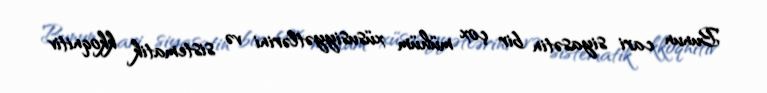
Bunun cari siyasətin bir çox mühüm xüsusiyyətlərini və sistematik kkoqnitiv